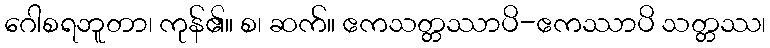
ဂေါစရဘူတာ၊ ကုန်၏။ စ၊ ဆက်။ ဧကသတ္တဿာပိ-ဧကဿာပိ သတ္တဿ၊